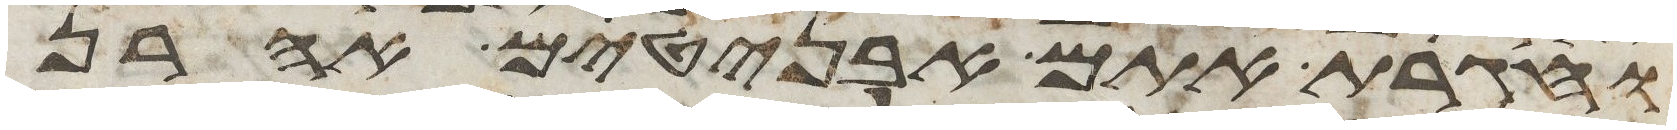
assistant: וחגרת אתם אבניטים אהרן